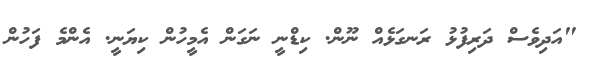
"އަދިވެސް ދަރިފުޅު ރަނގަޅެއް ނޫން. ކިޑްނީ ނަގަން އެމީހުން ކިޔަނީ. އެންމެ ފަހުން